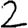
Digit: 2